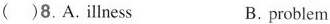
( )8. A. illness B. problem